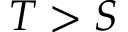
T > S